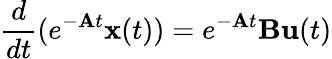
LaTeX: {\frac{d}{dt}}(e^{-\mathbf{A}t}\mathbf{x}(t))=e^{-\mathbf{A}t}\mathbf{B}\mathbf{u}(t)